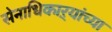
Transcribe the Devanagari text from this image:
सेनाधिकाऱ्यांच्या